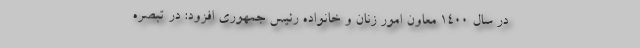
در سال ۱۴۰۰ معاون امور زنان و خانواده رئیس جمهوری افزود: در تبصره